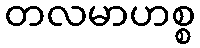
တလမာဟစ္စ